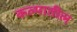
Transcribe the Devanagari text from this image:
कल्पातील